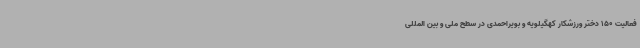
فعالیت 150 دختر ورزشکار کهگیلویه و بویراحمدی در سطح ملی و بین المللی